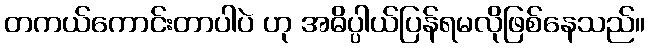
တကယ်ကောင်းတာပါပဲ ဟု အဓိပ္ပါယ်ပြန်ရမလိုဖြစ်နေသည်။